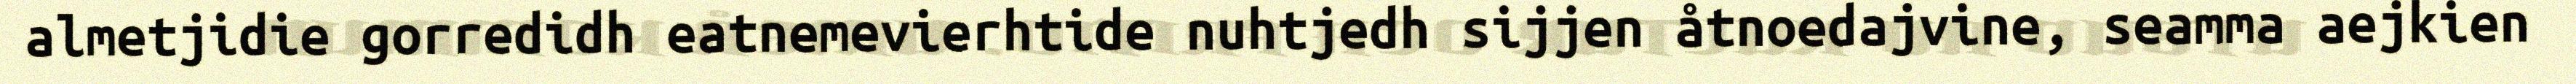
almetjidie gorredidh eatnemevierhtide nuhtjedh sijjen åtnoedajvine, seamma aejkien